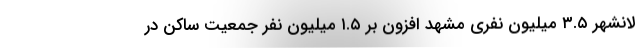
لانشهر ۳.۵ میلیون نفری مشهد افزون بر ۱.۵ میلیون نفر جمعیت ساکن در